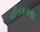
વીતકકથા